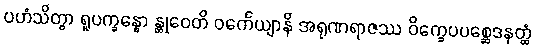
ပဟံသိတွာ ရူပက္ခန္ဓော န္တုဝေတိ ဝင်္ကေယျာနိ အရုဏရာဇဿ ဝိက္ခေပပစ္ဆေဒနတ္ထံ